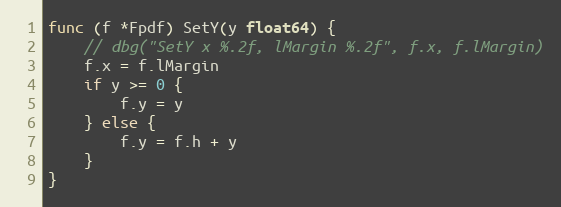
Language: Go
func (f *Fpdf) SetY(y float64) {
	// dbg("SetY x %.2f, lMargin %.2f", f.x, f.lMargin)
	f.x = f.lMargin
	if y >= 0 {
		f.y = y
	} else {
		f.y = f.h + y
	}
}